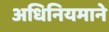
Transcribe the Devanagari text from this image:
अधिनियमाने